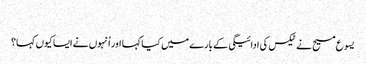
‏
یسوع مسیح نے ٹیکس کی ادائیگی کے بارے میں کیا کہا اور اُنہوں نے ایسا کیوں کہا؟